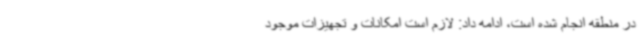
در منطقه انجام شده است، ادامه داد: لازم است امکانات و تجهیزات موجود